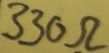
Text: 330Ω